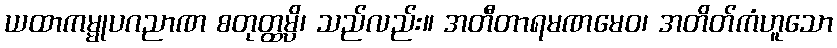
ယထာကမ္မုပဂညာဏ စတုတ္ထမ္ပိ၊ သည်လည်း။ အတီတာရမဏမေဝ၊ အတိတ်ကံဟူသော